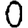
Digit: 0